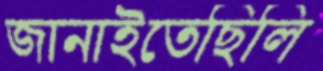
জানাইতেছিলি